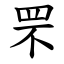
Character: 罘